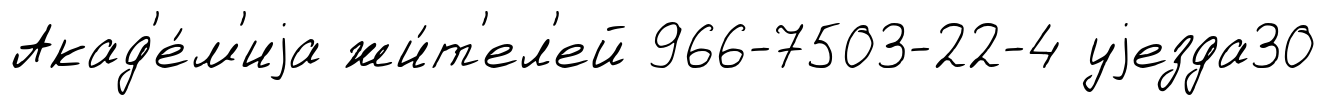
Акад'е́м'иjа жи́т'ел'ей 966-7503-22-4 уjезда30